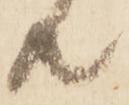
共